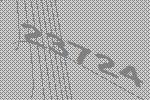
23724